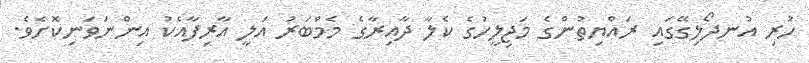
ހުރި އުނދޯލިގޭގައި ރައްޔިތުންގެ މަޖިލީހުގެ ކެލާ ދާއިރާގެ މެމްބަރު އަލީ އާރިފާއެކު އިންނަވަނިކޮށެވެ.